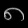
Digit: ၈